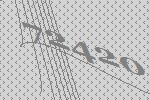
72420